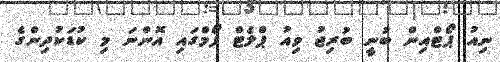
ނިއު ޕޯޓްއިން ބުނީ ބުރިޖު ވިއު ޕްލެޓް ފޯމްގައި އޮންނަ މި ކުޑަކުދިންގެ